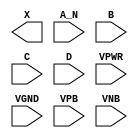
module sky130_fd_sc_ls__and4b (
    X   ,
    A_N ,
    B   ,
    C   ,
    D   ,
    VPWR,
    VGND,
    VPB ,
    VNB
);

    output X   ;
    input  A_N ;
    input  B   ;
    input  C   ;
    input  D   ;
    input  VPWR;
    input  VGND;
    input  VPB ;
    input  VNB ;
endmodule